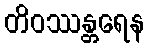
တိဝဿန္တရေန